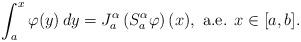
LaTeX: \begin{align*}\int_a^x \varphi(y)\,dy =J_a^\alpha\left(S_a^\alpha \varphi\right)(x),\mbox{ a.e. } x\in [a,b].\end{align*}